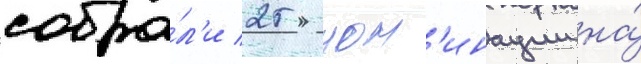
собра́л'и 25 ном'инации на́